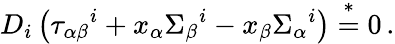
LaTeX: D_{i}\left(\tau_{\alpha\beta}{}^{i}+x_{\alpha}\Sigma_{\beta}{}^{i}-x_{\beta}\Sigma_{\alpha}{}^{i}\right)\stackrel{*}{=}0\, .